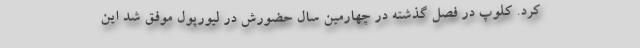
کرد. کلوپ در فصل گذشته در چهارمین سال حضورش در لیورپول موفق شد این